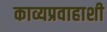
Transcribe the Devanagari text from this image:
काव्यप्रवाहाशी